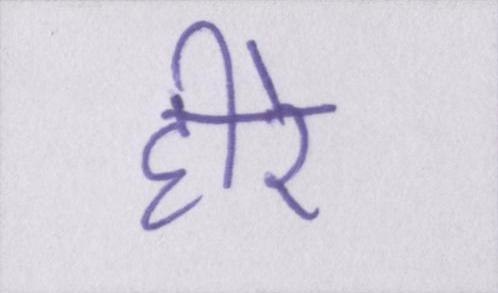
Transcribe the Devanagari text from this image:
हीरे